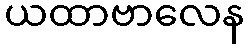
ယထာဗာလေန